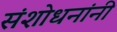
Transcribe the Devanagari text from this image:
संशोधनांनी